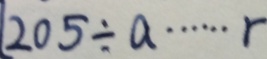
2 0 5 \div a \cdots r